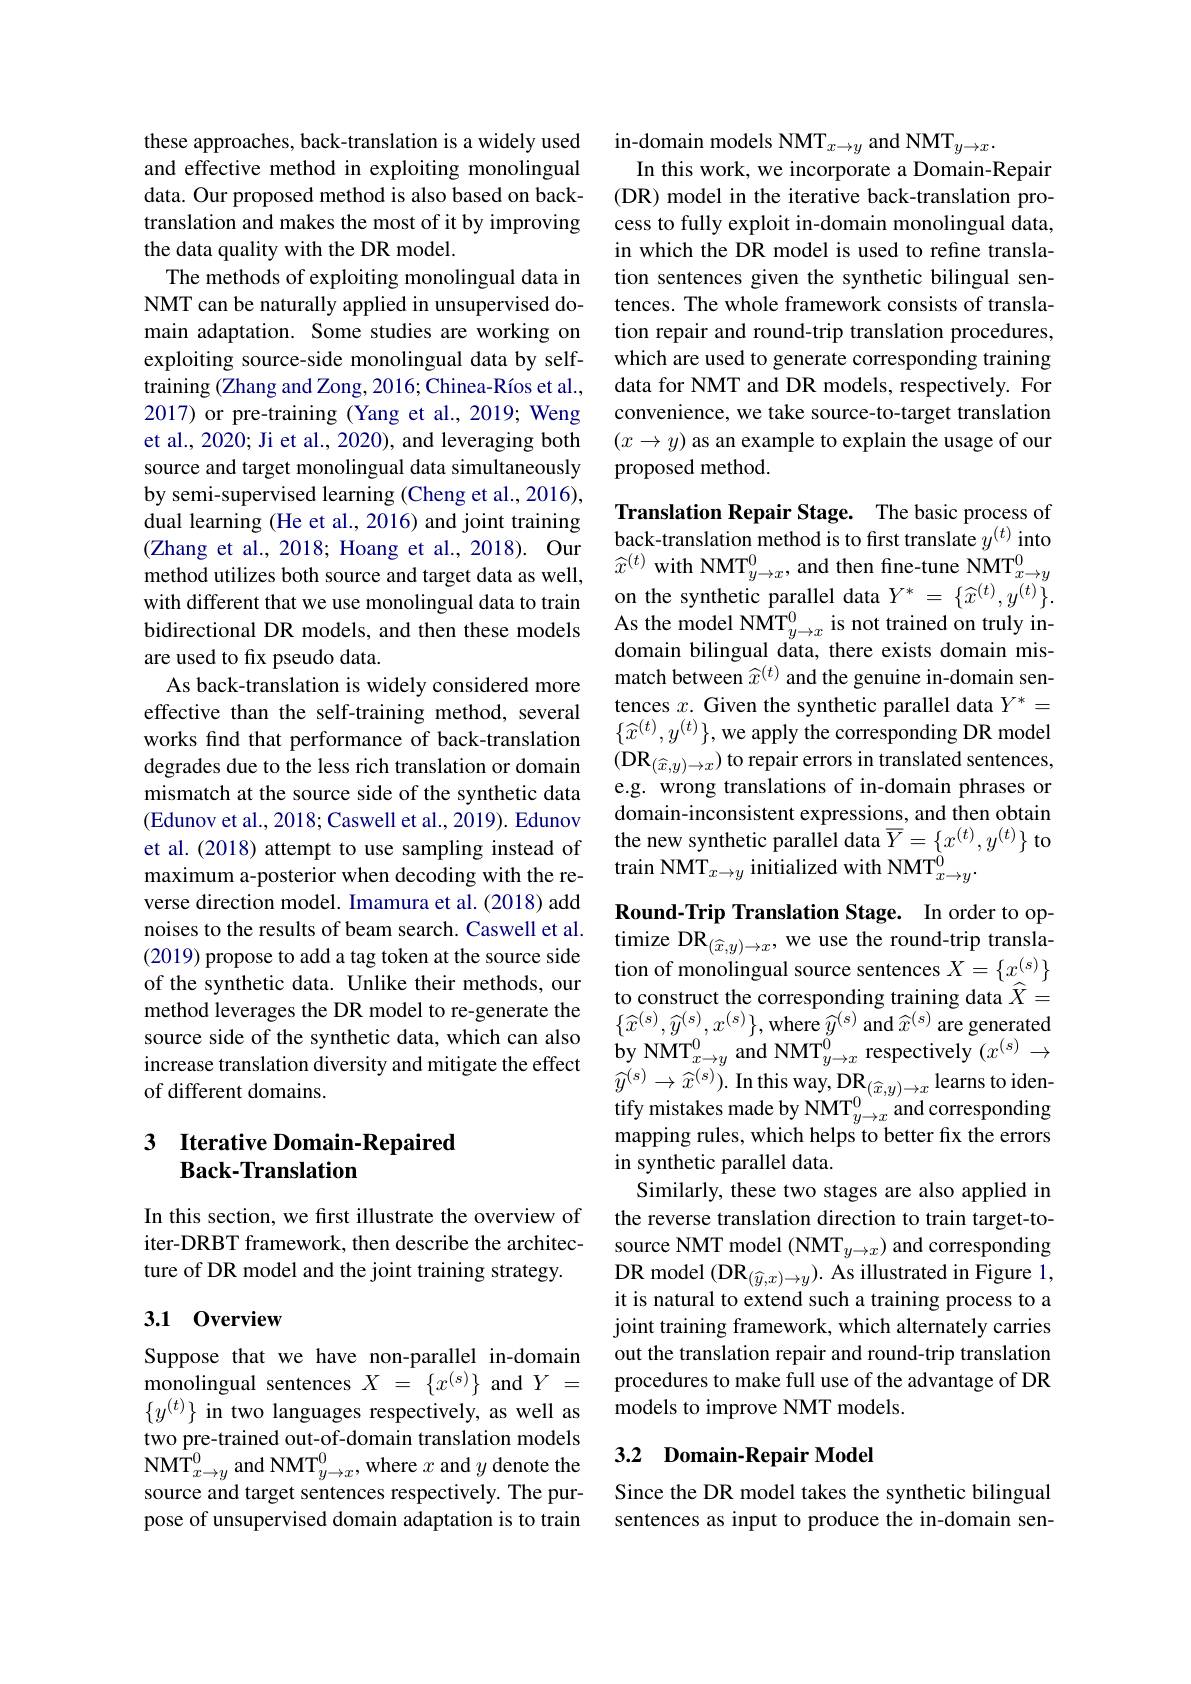
these approaches, back-translation is a widely used and effective method in exploiting monolingual data. Our proposed method is also based on backtranslation and makes the most of it by improving the data quality with the DR model.
The methods of exploiting monolingual data in NMT can be naturally applied in unsupervised domain adaptation. Some studies are working on exploiting source-side monolingual data by selftraining (Zhang and Zong, 2016; Chinea-Ríos et al., 2017) or pre-training (Yang et al., 2019; Weng et al., 2020; Ji et al., 2020), and leveraging both source and target monolingual data simultaneously by semi-supervised learning (Cheng et al., 2016), dual learning (He et al., 2016) and joint training (Zhang et al., 2018; Hoang et al., 2018). Our method utilizes both source and target data as well, with different that we use monolingual data to train bidirectional DR models, and then these models are used to fix pseudo data.
As back-translation is widely considered more effective than the self-training method, several works find that performance of back-translation degrades due to the less rich translation or domain mismatch at the source side of the synthetic data (Edunov et al., 2018; Caswell et al., 2019). Edunov et al.(2018) attempt to use sampling instead of maximum a-posterior when decoding with the reverse direction model. Imamura et al. (2018) add noises to the results of beam search. Caswell et al. (2019) propose to add a tag token at the source side of the synthetic data. Unlike their methods, our method leverages the DR model to re-generate the source side of the synthetic data, which can also increase translation diversity and mitigate the effect of different domains.

### 3 Iterative Domain-Repaired Back-Translation

In this section, we first illustrate the overview of iter-DRBT framework, then describe the architecture of DR model and the joint training strategy.

## 3.1 0verview

Suppose that we have non-parallel in-domain monolingual sentences $X~=~\{x^{(s)}\}~$and $Y~=$ $\{y^{(t)}\}$ in two languages respectively, as well as two pre-trained out-of-domain translation models ${\mathrm{NMT}}_{x\to y}^{0}$and NMT$_y\to x^{0}$,where $x$ and $y$ denote the source and target sentences respectively. The purpose of unsupervised domain adaptation is to train

in-domain models NMT$_x\to y$ and NMT$_y\to x.$
In this work, we incorporate a Domain-Repair (DR) model in the iterative back-translation process to fully exploit in-domain monolingual data, in which the DR model is used to refine translation sentences given the synthetic bilingual sentences. The whole framework consists of translation repair and round-trip translation procedures, which are used to generate corresponding training data for NMT and DR models, respectively. For convenience, we take source-to-target translation $(x\to y)$ as an example to explain the usage of our proposed method.

Translation Repair Stage. The basic process of back-translation method is to first translate $y^{(t)}$ into $\widehat{x}^{(t)}$ with NMT$_y\to x^0$, and then fine-tune NMT$_x\to y^0$ on the synthetic parallel data $Y^*=\{\widehat{x}^{(t)},y^{(t)}\}.$ As the model NMT$_y\to x^{0}$is not trained on truly indomain bilingual data, there exists domain mismatch between $\widehat{x}^{(t)}$ and the genuine in-domain sentences $x.$ Given the synthetic parallel data $Y^*=$ $\{\widehat{x}^{(t)},y^{(t)}\}$,we apply the corresponding DR model $(\mathbf{DR}_{(\widehat{x},y)\to x})$ to repair errors in translated sentences, e.g. wrong translations of in-domain phrases or domain-inconsistent expressions, and then obtain the new synthetic parallel data $\overline{Y}=\{x^{(t)},y^{(t)}\}$ to $\mathrm{train~NMT}_{x\to y}$ initialized with NMT$_x\to y^{\grave{0}}.$

Round-Trip Translation Stage. In order to optimize DR$_(\widehat{x},y)\to x$, we use the round-trip translation of monolingual source sentences $X=\{x_{\sim}^{(s)}\}$ to construct the corresponding training data $\widehat{X}=$ $\{\widehat{x}^{(s)},\widehat{y}^{(s)},x^{(s)}\}$,where $\widehat{y}^{(s)}$ and $\widehat{x}^{(s)}$ are generated $\textbf{by NMT}_{x\to y}^{0}$and NMT$_y\to x^{0}$ respectively $(x^(s)\to$ $\widehat{y}^{(s)}\to\widehat{x}^{(s)}).$In this way, DR$_(\widehat{x},y)\to x$learns to iden- $\begin{array}{l}\text{tify mistakes made by NMT}_{y\to x}^{0}\text{ and corresponding}\\\text{mapping rules, which helps to better fix the errors}\end{array}$ in synthetic parallel data.
Similarly, these two stages are also applied in the reverse translation direction to train target-tosource NMT model (NMT$_y\to x)$ and corresponding DR model $(\mathbf{DR}_{(\widehat{y},x)\to y}).$ As illustrated in Figure 1, it is natural to extend such a training process to a joint training framework, which alternately carries out the translation repair and round-trip translation procedures to make full use of the advantage of DR models to improve NMT models.

## 3.2 Domain-Repair Model

Since the DR model takes the synthetic bilingual sentences as input to produce the in-domain sen-